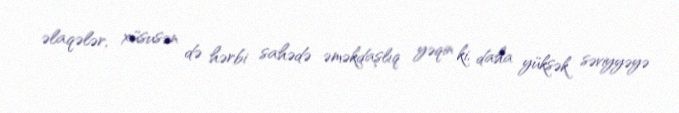
əlaqələr, xüsusən də hərbi sahədə əməkdaşlıq yəqin ki, daha yüksək səviyyəyə